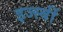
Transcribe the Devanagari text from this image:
इज्स्बीं